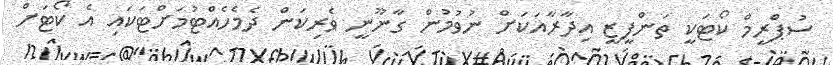
ސުޕްރީމް ކޯޓަކީ ތަންފީޒީ އިދާރާއަކަށް ނުވުމުން ގާނޫނީ ވެރިކަން ދެމެހެއްޓުމަށްޓަކައި އެ ކޯޓަށް